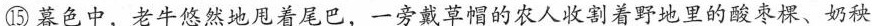
⑮暮色中，老牛悠然地甩着尾巴，一旁戴草帽的农人收割着野地里的酸枣棵、奶秧